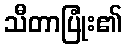
သီတာပြုံး၏